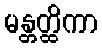
မန္တတ္ထိကာ